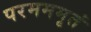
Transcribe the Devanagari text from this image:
परमममृतं